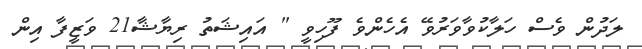
ލަދުން ވެސް ހަލާކުވާވަރުވޭ އެހެންވެ ފޫހިވީ " އައިޝަތު ރިޔާޝާ21 ވަޒީފާ އިން